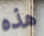
هذه